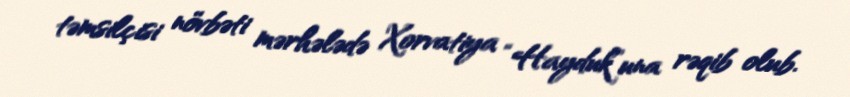
təmsilçisi növbəti mərhələdə Xorvatiya “Hayduk”una rəqib olub.